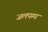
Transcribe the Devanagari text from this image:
जलपम्प